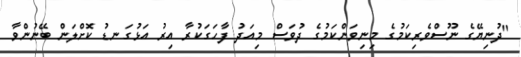
"ދުނިޔޭގެ ނޫސްވެރިކަމުގެ މިނިވަންކަމުގެ ދުވަސް މިއަދު ފާހަގަކުރާ އިރު އަޅުގަނޑު ކޮށްލަން ބޭނުންވާ